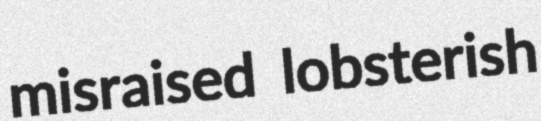
misraised lobsterish